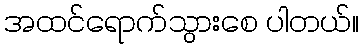
အထင်ရောက်သွားစေ ပါတယ်။